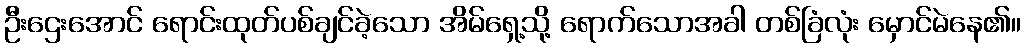
ဦးဌေးအောင် ရောင်းထုတ်ပစ်ချင်ခဲ့သော အိမ်ရှေ့သို့ ရောက်သောအခါ တစ်ခြံလုံး မှောင်မဲနေ၏။